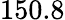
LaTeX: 150.8